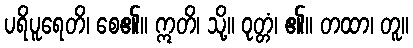
ပရိပူရေတိ၊ စေ၏။ ဣတိ၊ သို့။ ဝုတ္တံ၊ ၏။ တထာ၊ တူ။